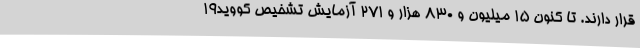
قرار دارند. تا کنون ۱۵ میلیون و ۸۳۰ هزار و ۲۷۱ آزمایش تشخیص کووید۱۹